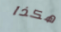
هكذا